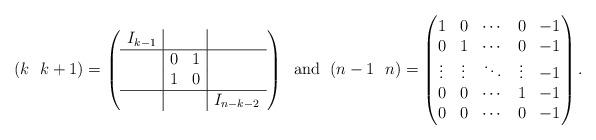
LaTeX: \begin{align*}(k\ \ k+1)=\left(\begin{array}{c|cc|c}I_{k-1} & & & \\ \hline& 0 & 1 & \\& 1 & 0 & \\ \hline& & & I_{n-k-2}\end{array}\right)\mbox{\; and \;}(n-1\ \ n)=\begin{pmatrix}1 & 0 & \cdots & 0 & -1 \\0 & 1 & \cdots & 0 & -1 \\\vdots & \vdots & \ddots & \vdots & -1\\0 & 0 & \cdots & 1 & -1 \\0 & 0 & \cdots & 0 & -1\end{pmatrix}.\end{align*}